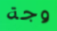
وجة